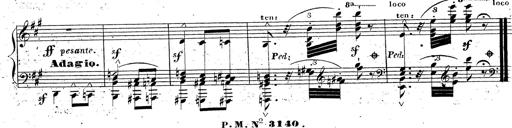
Title: Grande fantaisie sur la tyrolienne de l'opÃ©ra
Composer: Franz Liszt
Key: A major